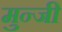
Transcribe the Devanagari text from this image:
मुन्जी